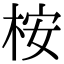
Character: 桉